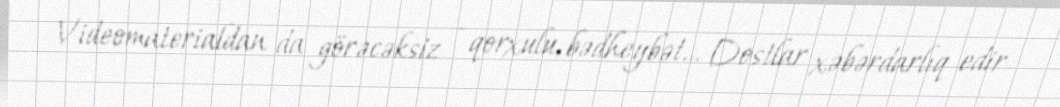
Videomaterialdan da görəcəksiz - qorxulu, bədheybət… Dostlar xəbərdarlıq edir